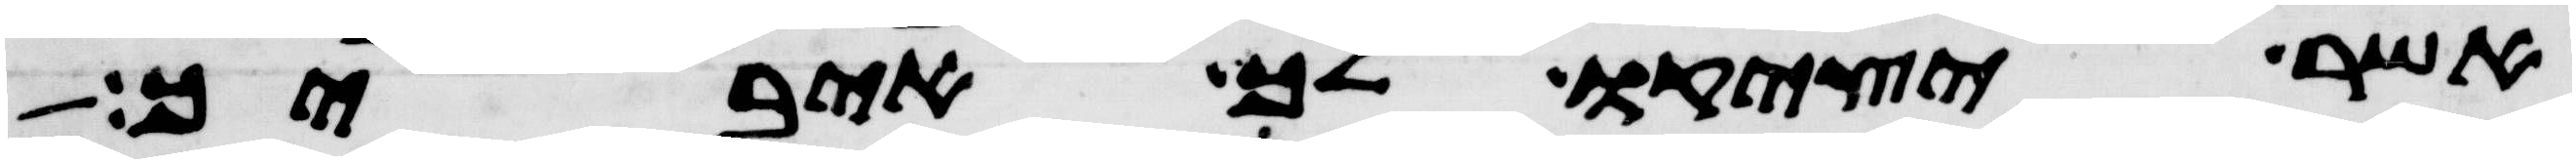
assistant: אשר יציקו לך איביך